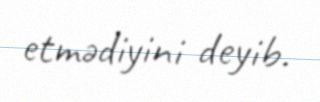
etmədiyini deyib.